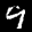
Label: 9